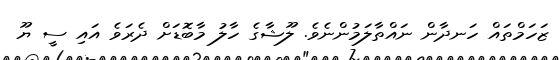
ޒަހަމްތައް ހަނދާން ނައްތާލަމުންނެވެ. ލޫޝާގެ ހާލު މާބޮޑަށް ދެރަވެ އައި ސީ ޔޫ